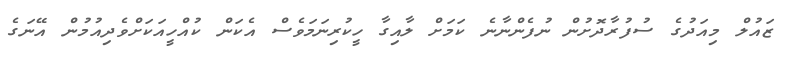
ޒައުލް މިއަދުގެ ސުފުރާދޮށުން ނުފެންނާނެ ކަމަށް ލާއިގާ ހީކުރިނަމަވެސް އެކަން ކުއްހީއަކަށްވެދިއުމުން އޭނަގެ